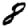
Digit: 8